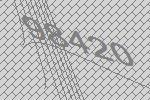
98420